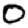
Digit: 0